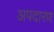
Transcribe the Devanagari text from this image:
अपदारण